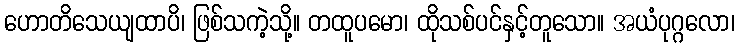
ဟောတိသေယျထာပိ၊ ဖြစ်သကဲ့သို့။ တထူပမော၊ ထိုသစ်ပင်နှင့်တူသော။ အယံပုဂ္ဂလော၊